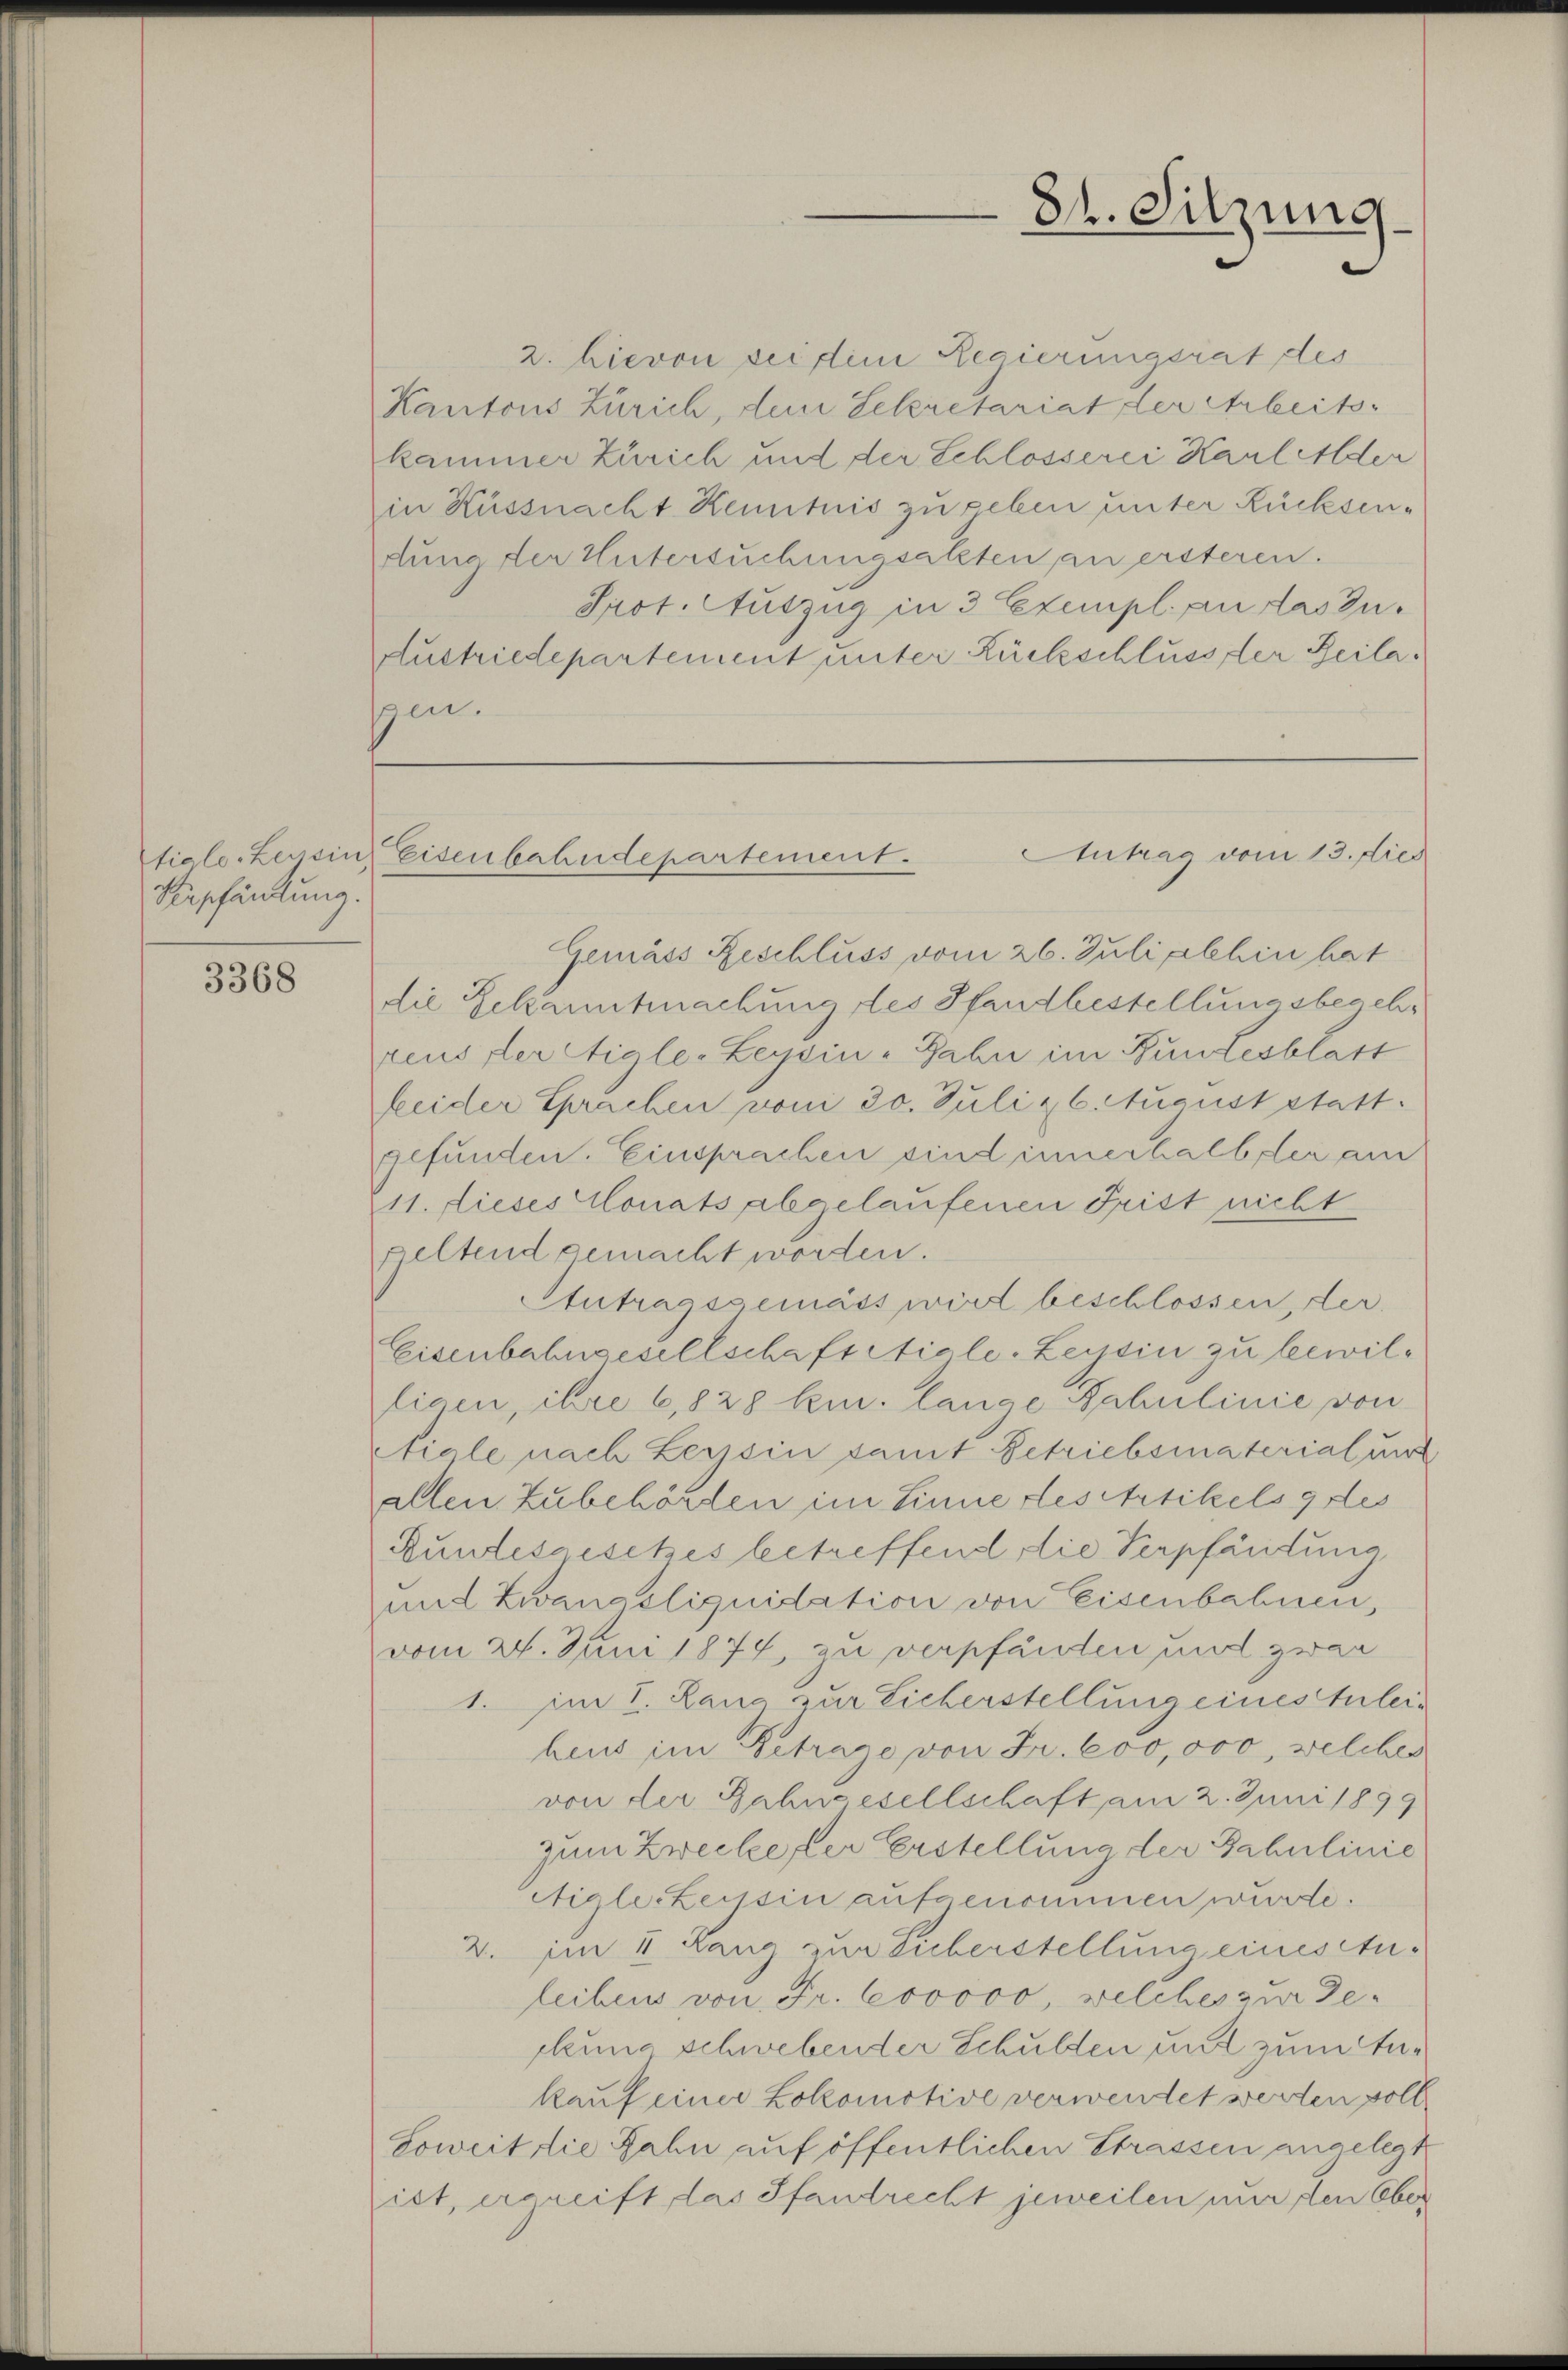
Verpfändung.

3368

2. Hievon bei dem Regierungsrat des
Kantons Zürich, dem Sekretariat der Arbeits-
kammer Zürich und der Schlosserei Harlalder
in Küssnacht Kenntnis zu geben unter Rücksendung der Untersuchungsalzten an ersteren.
Prot. Auszug in 3 Exempl. an das Zu¬
Austriedepartement unter Rückschluss der Beilasen.

84. Sitzung

Gemäss Beschluss vom 26. Juli alhin hat
die Bekanntmachung des Pfandbestellungsbegehr
reus Vereigle-Leysin-Jahn im Bundesblatt
leider Sprachen vom 30. Juli & 6. August statt.
gefunden. Einsprachen sind innerhalb der am
11. dieses Monats abgelaufenen Frist nicht
peltend gemacht worden.
Atutragsgemäss wird beschlossen, der
Eisenbahngesellschaft Aigle-Leysin zu bewilligen, ihre 6,828 kn. lange Nahulinie von
tiale nach Leyssin samt Betriebsmaterial unt
allen Zubehörden im Sinne des Artikels gres
Bundesaisches betreffend die Verpfändung
und Zwangsliquidation von Eisenbahnen,
vom 24. Juni 1874 zu verpfänden und zwar
1. im I. Lang zur Lieberstellung eines tuleiheus im Betrage von Fr. 600,000, welches
von der Bahngesellschaft am 2. Juni 1899
zum Zwecke der Erstellung der Fahulinie
Mialeszessin aufgenommen wurde.
2. im II. Rang zur Lieberstellung einesctuleibens von Fr. 600000, welches zur Geckung schwebender Schulden und zum Ankauf einer Lokomotive verwendet werden soll
Soweit die Zahn auf öffentlichen Strassen angelegt
ist, ergreift das Pfandrecht jeweilen nur den Ober

Antrag vom 13. dies
tiele Zessin, Eisenbahndepartement.